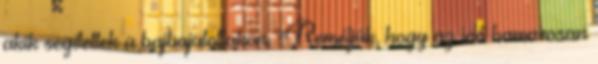
akik segítettek a bajbajutottakon. "Reméljük, hogy az idő hamarosan